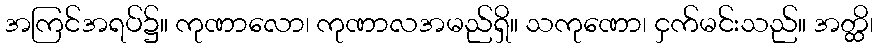
အကြင်အရပ်၌။ ကုဏာလော၊ ကုဏာလအမည်ရှိ။ သကုဏော၊ ငှက်မင်းသည်။ အတ္ထိ၊